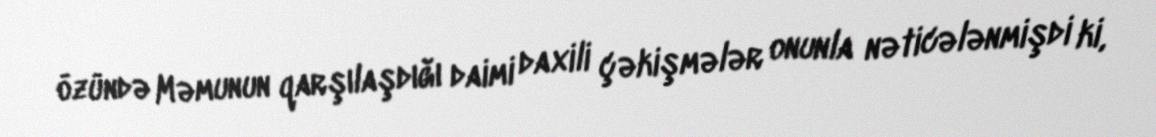
özündə Məmunun qarşılaşdığı daimi daxili çəkişmələr onunla nəticələnmişdi ki,